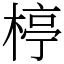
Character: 楟